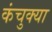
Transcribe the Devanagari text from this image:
कंचुक्या